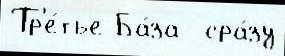
Тр'е́тье Ба́за  сра́зу